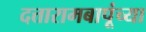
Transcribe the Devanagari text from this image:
दत्तारामबापूंच्या